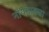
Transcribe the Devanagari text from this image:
नायगावचा